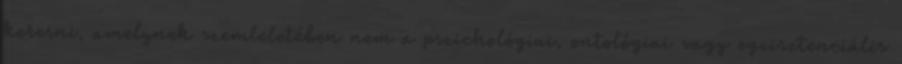
keresni, amelynek szemleletében nem a pszichológiai, ontológiai vagy egzisztenciális